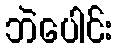
ဘဲပေါင်း